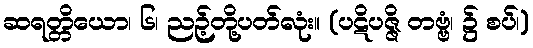
ဆရတ္တိယော၊ ၆၊ ညဉ့်တို့ပတ်လုံး။ (ပဋိပဇ္ဇိ တဗ္ဗံ၊ ၌ စပ်၊)